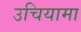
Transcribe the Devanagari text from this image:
उचियामा